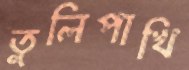
তুলিপাখি